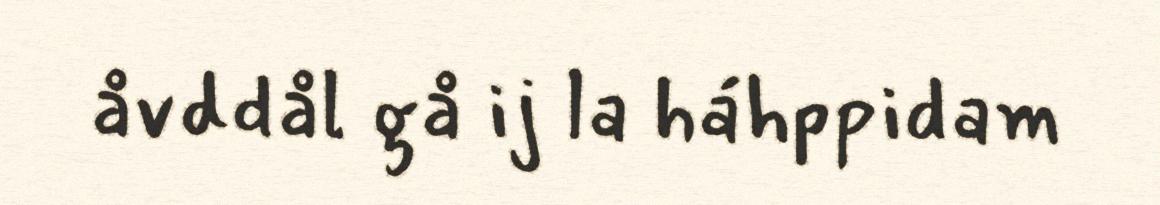
åvddål gå ij la háhppidam